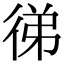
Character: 㣢